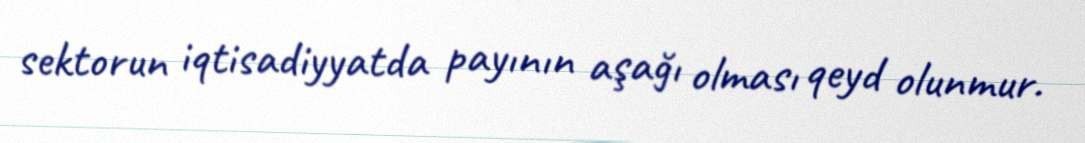
sektorun iqtisadiyyatda payının aşağı olması qeyd olunmur.